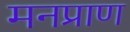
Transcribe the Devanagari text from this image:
मनप्राण